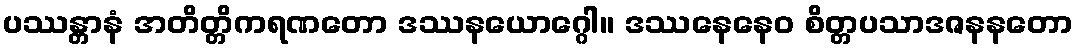
ပဿန္တာနံ အတိတ္တိကရဏတော ဒဿနယောဂ္ဂေါ။ ဒဿနေနေဝ စိတ္တပသာဒဇနနတော